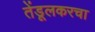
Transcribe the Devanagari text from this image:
तेंडूलकरचा